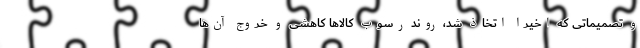
و تصمیماتی که اخیرا اتخاذ شد، روند رسوب کالاها کاهشی و خروج آن‌ها